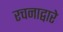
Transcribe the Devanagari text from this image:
रचनाद्वारे